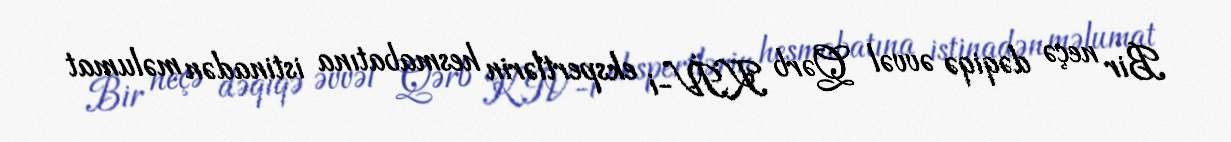
Bir neçə dəqiqə əvvəl Qərb KİV-i ekspertlərin hesmabatına istinadən məlumat